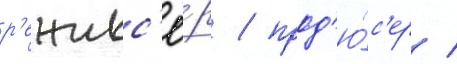
р'ежисс'ё́р / прод'ю́с'ер /